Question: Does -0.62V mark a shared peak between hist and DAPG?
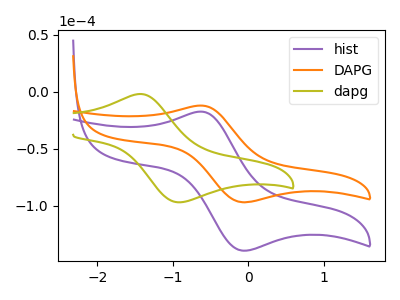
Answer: <think>The purple curve "hist" has an anodic peak at (-0.60V, -17.45uA) and a cathodic peak at (-0.10V, -139.30uA). The orange curve "DAPG" has an anodic peak at (-0.60V, -12.15uA) and a cathodic peak at (-0.10V, -96.90uA). The olive curve "dapg" has an anodic peak at (-1.40V, -2.00uA) and a cathodic peak at (-0.90V, -96.90uA).</think>
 <answer>Yes, "hist" and "DAPG" share a peak at -0.62V.</answer>
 <eval>match</eval>